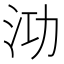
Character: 𭰀